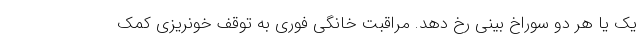
یک یا هر دو سوراخ بینی رخ دهد. مراقبت خانگی فوری به توقف خونریزی کمک